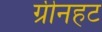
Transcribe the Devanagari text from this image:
ग्रीनहट